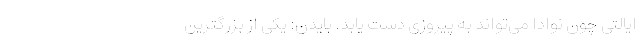
ایالتی چون نوادا می‌تواند به پیروزی دست یابد. بایدن: یکی از بزرگترین